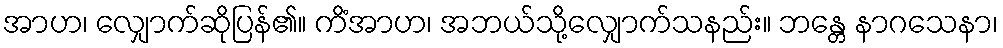
အာဟ၊ လျှောက်ဆိုပြန်၏။ ကိံအာဟ၊ အဘယ်သို့လျှောက်သနည်း။ ဘန္တေ နာဂသေနာ၊